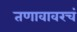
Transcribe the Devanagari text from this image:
तणावावरचं